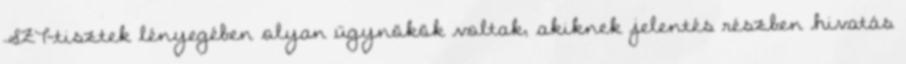
SZT-tisztek lényegében olyan ügynökök voltak, akiknek jelentés részben hivatás